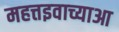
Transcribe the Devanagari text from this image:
महत्तइवाच्याआ